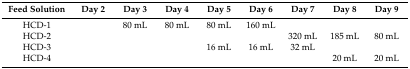
| Feed Solution | Day 2 | Day 3 | Day 4 | Day 5 | Day 6 | Day 7 | Day 8 | Day 9 |
 | --- | --- | --- | --- | --- | --- | --- | --- | --- |
 | HCD-1 |  | 80 mL | 80 mL | 80 mL | 160 mL |  |  |  |
 | HCD-2 |  |  |  |  |  | 320 mL | 185 mL | 80 mL |
 | HCD-3 |  |  |  | 16 mL | 16 mL | 32 mL |  |  |
 | HCD-4 |  |  |  |  |  |  | 20 mL | 20 mL |